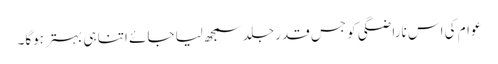
عوام کی اس ناراضگی کو جس قدر جلد سمجھ لیا جائے اتنا ہی بہتر ہوگا۔